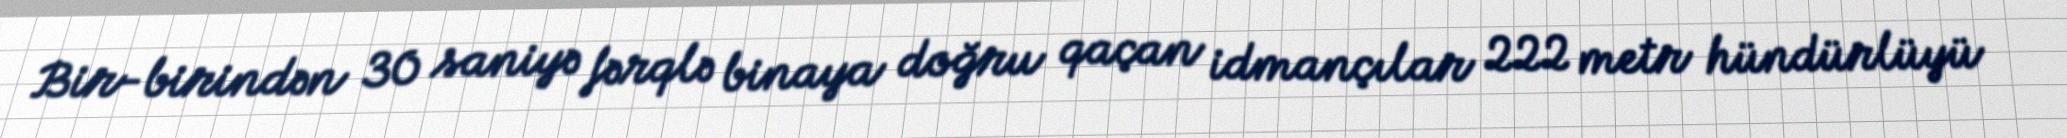
Bir-birindən 30 saniyə fərqlə binaya doğru qaçan idmançılar 222 metr hündürlüyü